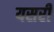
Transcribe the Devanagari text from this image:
यसरी